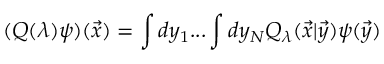
( Q ( \lambda ) \psi ) ( { \vec { x } } ) = \int d y _ { 1 } . . . \int d y _ { N } { \cal Q } _ { \lambda } ( { \vec { x } } | { \vec { y } } ) \psi ( { \vec { y } } )